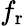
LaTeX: f_{\mathrm r}